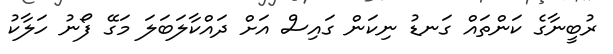
ރުބީނާގެ ކަންތައް ގަނޑު ނިކަން ގައިސް އަށް ދައްކާލަބަލަ މަގޭ ފޯނު ހަލާކު